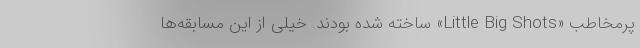
پرمخاطب «Little Big Shots» ساخته شده بودند. خیلی از این مسابقه‌ها